Annual report of the Camel Specialist
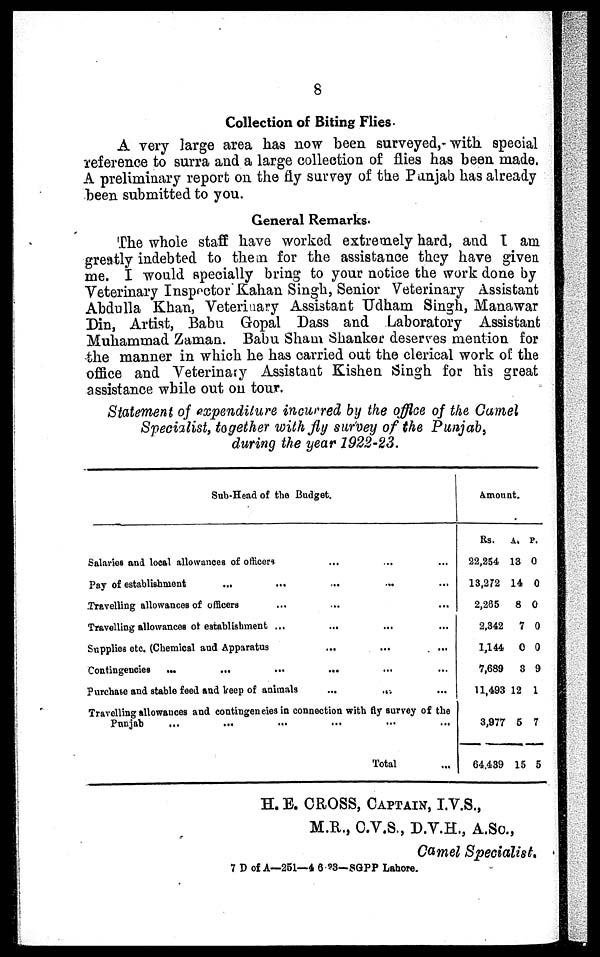
8
Collection of Biting Flies.
A very large area has now been surveyed, with special
reference to surra and a large collection of flies has been made.
A preliminary report on the fly survey of the Punjab has already
been submitted to you.
General Remarks.
The whole staff have worked extremely hard, and I am
greatly indebted to them for the assistance they have given
me. I would specially bring to your notice the work done by
Veterinary Inspector Kahan Singh, Senior Veterinary Assistant
Abdulla Khan, Veterinary Assistant Udham Singh, Manawar
Din, Artist, Babu Gopal Dass and Laboratory Assistant
Muhammad Zaman. Babu Sham Shanker deserves mention for
the manner in which he has carried out the clerical work of the
office and Veterinary Assistant Kishen Singh for his great
assistance while out on tour.
Statement of expenditure incurred by the office of the Camel
Specialist, together with fly survey of the Punjab,
during the year 1922-23.
Sub-Head of the Budget.
Salaries and local allowances of officers
Pay of establishment
...
Travelling allowances of officers
Travelling allowances of establishment
Supplies etc. (Chemical and Apparatus
Contingencies
...
...
...
...
...
...
...
Purchase and stable feed and keep of animals
...
...
...
...
...
...
...
...
...
...
...
...
...
...
...
...
...
...
...
...
...
Travelling allowances and contingencies in connection with fly survey of the
Punjab
...
Total
...
Amount.
Rs.
22,254
13,272
2,265
2,342
1,144
7,689
11,493
3,977
64,439
A.
13
14
8
7
0
3
12
5
15
P.
0
0
0
0
0
9
1
7
5
H.E. CROSS, CAPTAIN, I.V.S.,
M.R., C.V.S., D.V.H., A.Sc.,
Camel Specialist.
7 D of A—251—4 6-23-SGPP Lahore.